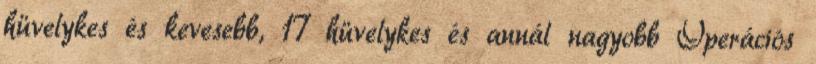
hüvelykes és kevesebb, 17 hüvelykes és annál nagyobb Operációs